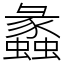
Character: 蠡